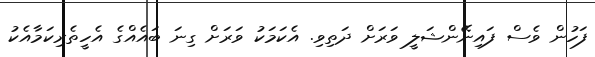
ފަހުން ވެސް ފައިނޭންޝަލީ ވަރަށް ދަތިވި. އެކަމަކު ވަރަށް ގިނަ ބައެއްގެ އެހީތެރިކަމާއެކު